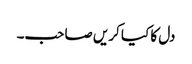
دل کا کیا کریں صاحب۔